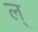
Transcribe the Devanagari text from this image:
ल्‌